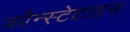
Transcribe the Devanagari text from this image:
कॉन्स्टेटाइन